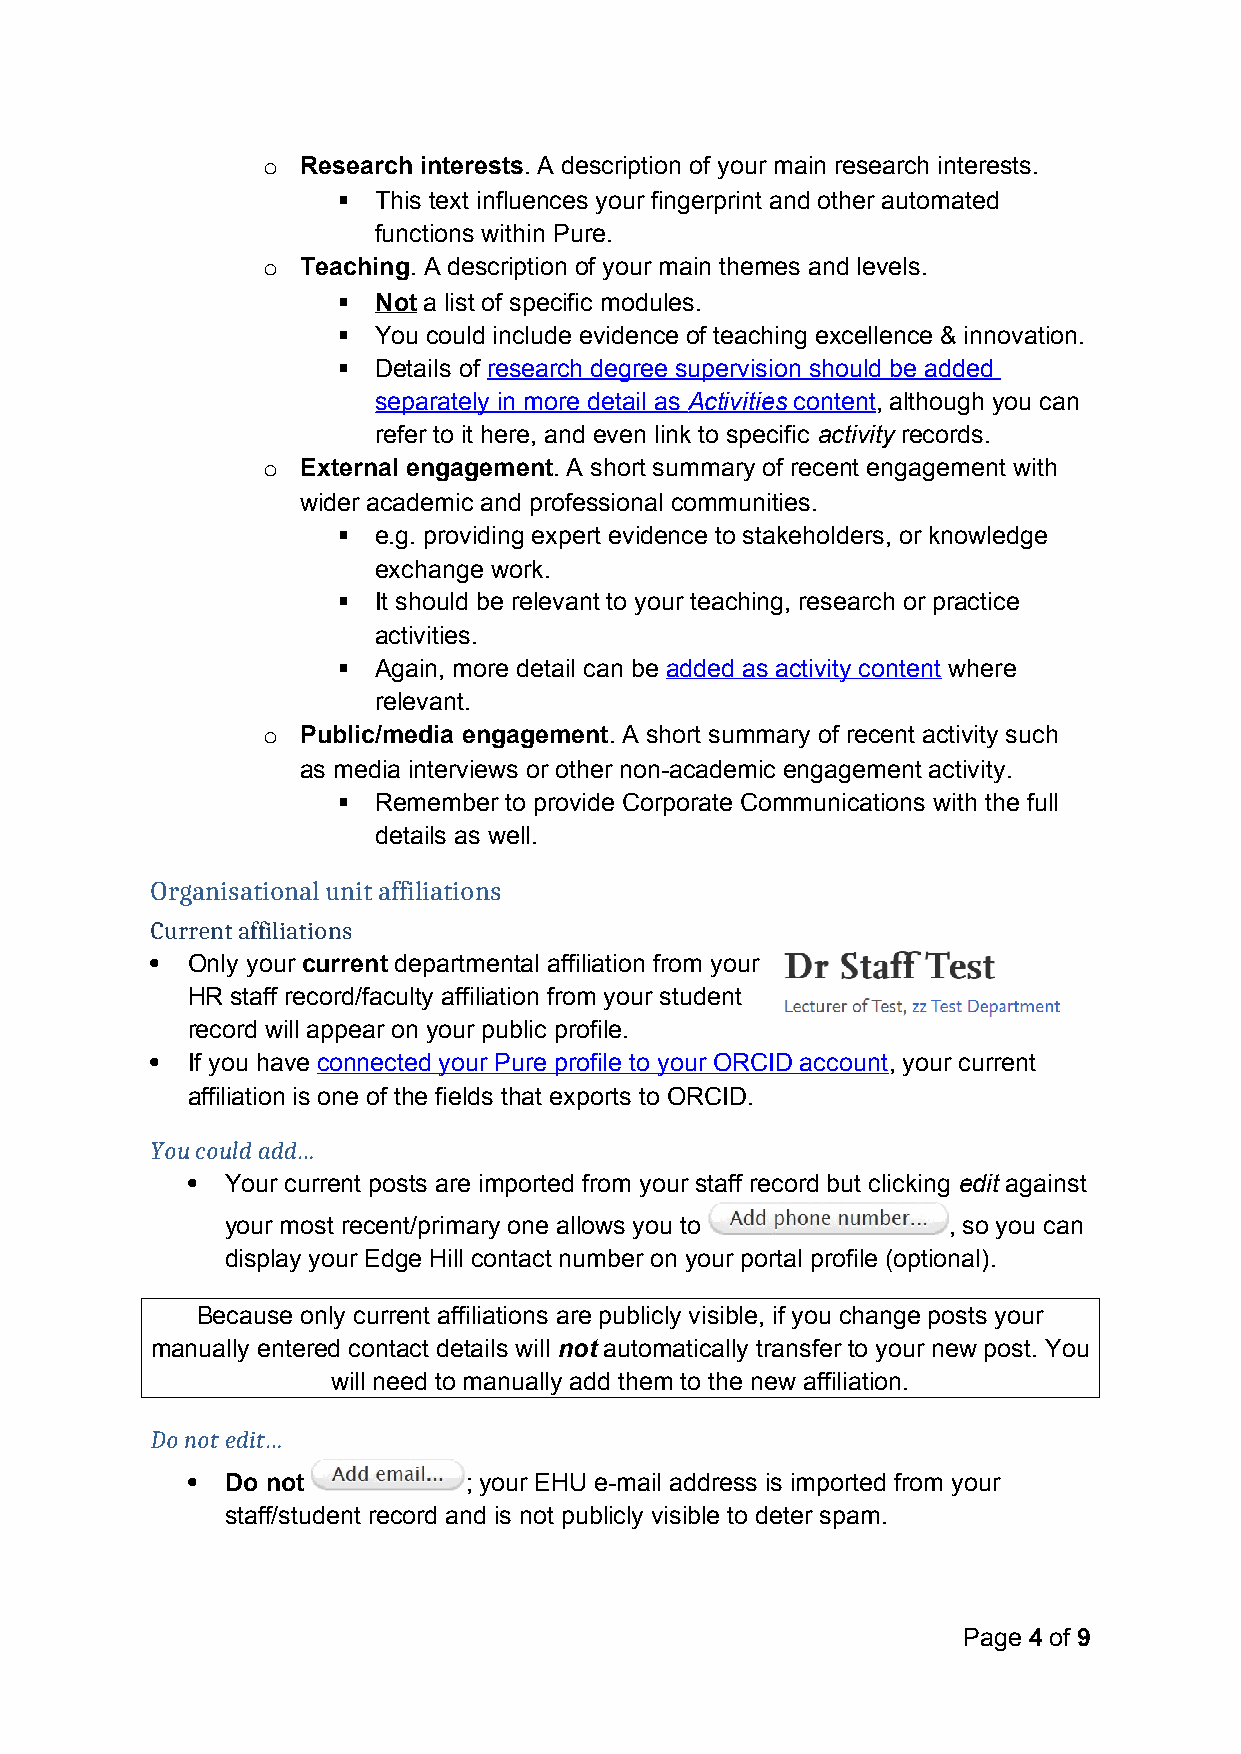
o  Research interests. A description of your main research interests.
   This text influences your fingerprint and other automated
 functions within Pure.
 o  Teaching. A description of your main themes and levels.
   Not a list of specific modules.
   You could include evidence of teaching excellence & innovation.
   Details of research degree supervision should be added
 separately in more detail as Activities content , although you can
 refer to it here, and even link to specific activity records.
 o  External engagement. A short summary of recent engagement with
 wider academic and professional communities.
   e.g. providing expert evidence to stakeholders, or knowledge
 exchange work.
   It should be relevant to your teaching, research or practice
 activities.
   Again, more detail can be added as activity content where
 relevant.
 o  Public/media engagement. A short summary of recent activity such
 as media interviews or other non-academic engagement activity.
   Remember to provide Corporate Communications with the full
 details as well.
 Organisational unit affiliations
 Current affiliations
  Only your current departmental affiliation from your
 HR staff record/faculty affiliation from your student
 record will appear on your public profile.
  If you have connected your Pure profile to your ORCID account, your current
 affiliation is one of the fields that exports to ORCID.
 You could add…
   Your current posts are imported from your staff record but clicking edit against
 your most recent/primary one allows you to      , so you can
 display your Edge Hill contact number on your portal profile (optional).
 Because only current affiliations are publicly visible, if you change posts your
 manually entered contact details will not automatically transfer to your new post. You
 will need to manually add them to the new affiliation.
 Do not edit…
   Do not          ; your EHU e-mail address is imported from your
 staff/student record and is not publicly visible to deter spam.
 Page 4 of 9